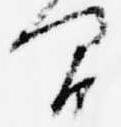
間